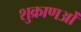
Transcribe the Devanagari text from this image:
शुक्राणओं